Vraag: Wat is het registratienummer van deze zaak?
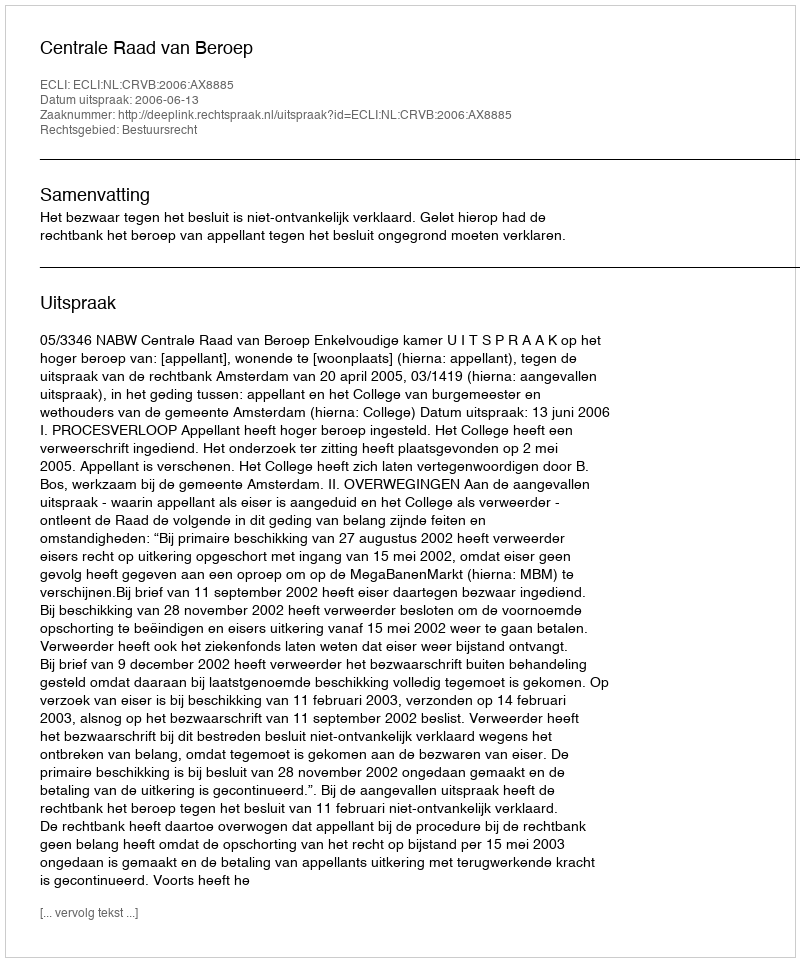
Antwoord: http://deeplink.rechtspraak.nl/uitspraak?id=ECLI:NL:CRVB:2006:AX8885